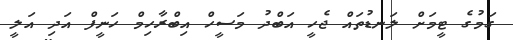
ގަމުގެ ޓީމަށް ލަނޑުތައް ޖެހީ އަބްދު މަސީހް އިބްރާހިމް ހަނީފް އަދި އަލީ